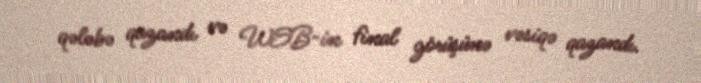
qələbə qazandı və WSB-in final görüşünə vəsiqə qazandı.